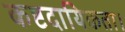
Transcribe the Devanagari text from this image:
कष्टदायिकता।